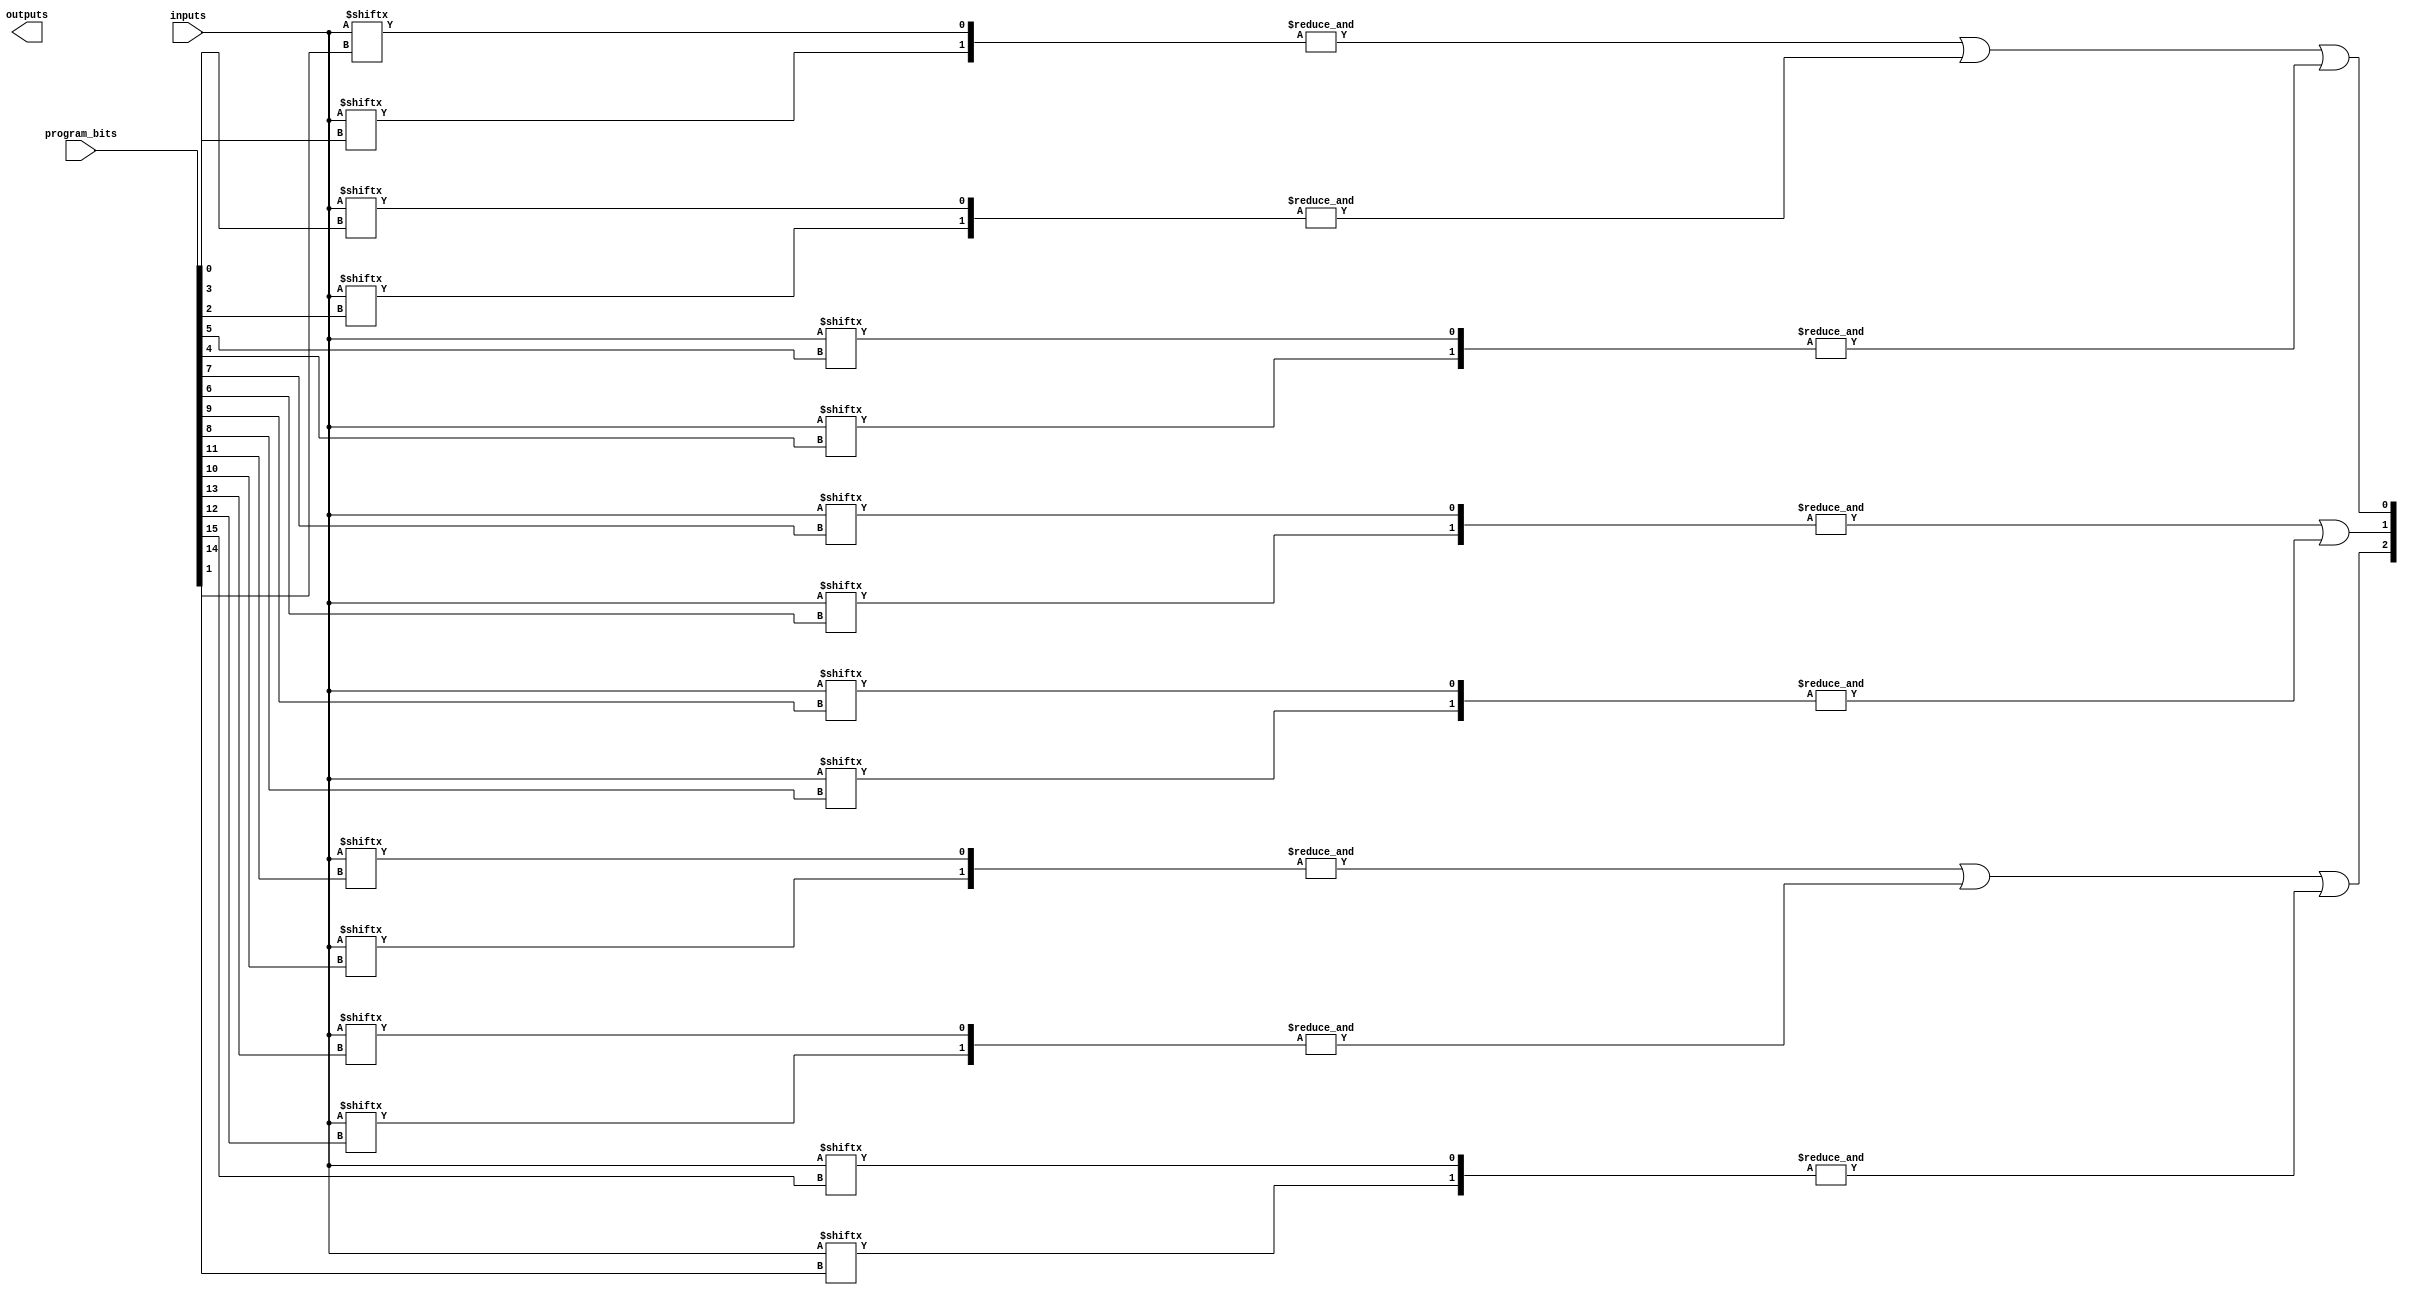
module FlashProgrammablePAL (
    input wire [N-1:0] inputs,       // N input lines
    input wire [M-1:0] program_bits,  // M programming bits for AND gates
    output wire [P-1:0] outputs       // P output lines
);
    parameter N = 8; // Number of input lines
    parameter M = 16; // Number of AND gates
    parameter P = 4; // Number of output lines

    // Internal wires for AND gate outputs
    wire [M-1:0] and_outputs;

    // AND Array: Programmable AND gates
    genvar i;
    generate
        for (i = 0; i < M; i = i + 1) begin : and_array
            // Each AND gate is programmed based on the program_bits
            assign and_outputs[i] = &({inputs[program_bits[i*2]], inputs[program_bits[i*2 + 1]]});
        end
    endgenerate

    // Fixed OR Array: Combining outputs from AND gates
    assign outputs[0] = and_outputs[0] | and_outputs[1] | and_outputs[2]; // Example OR gate
    assign outputs[1] = and_outputs[3] | and_outputs[4]; // Example OR gate
    assign outputs[2] = and_outputs[5] | and_outputs[6] | and_outputs[7]; // Example OR gate
    assign outputs[3] = and_outputs[8] | and_outputs[9] | and_outputs[10] | and_outputs[11]; // Example OR gate

endmodule